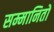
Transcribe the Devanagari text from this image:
सम्मानितों